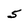
Character: 5